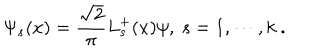
\Psi _ { s } ( x ) = \frac { \sqrt { 2 } } { \pi } L _ { s } ^ { + } ( x ) \psi , ~ s = 1 , \cdots , k ~ .